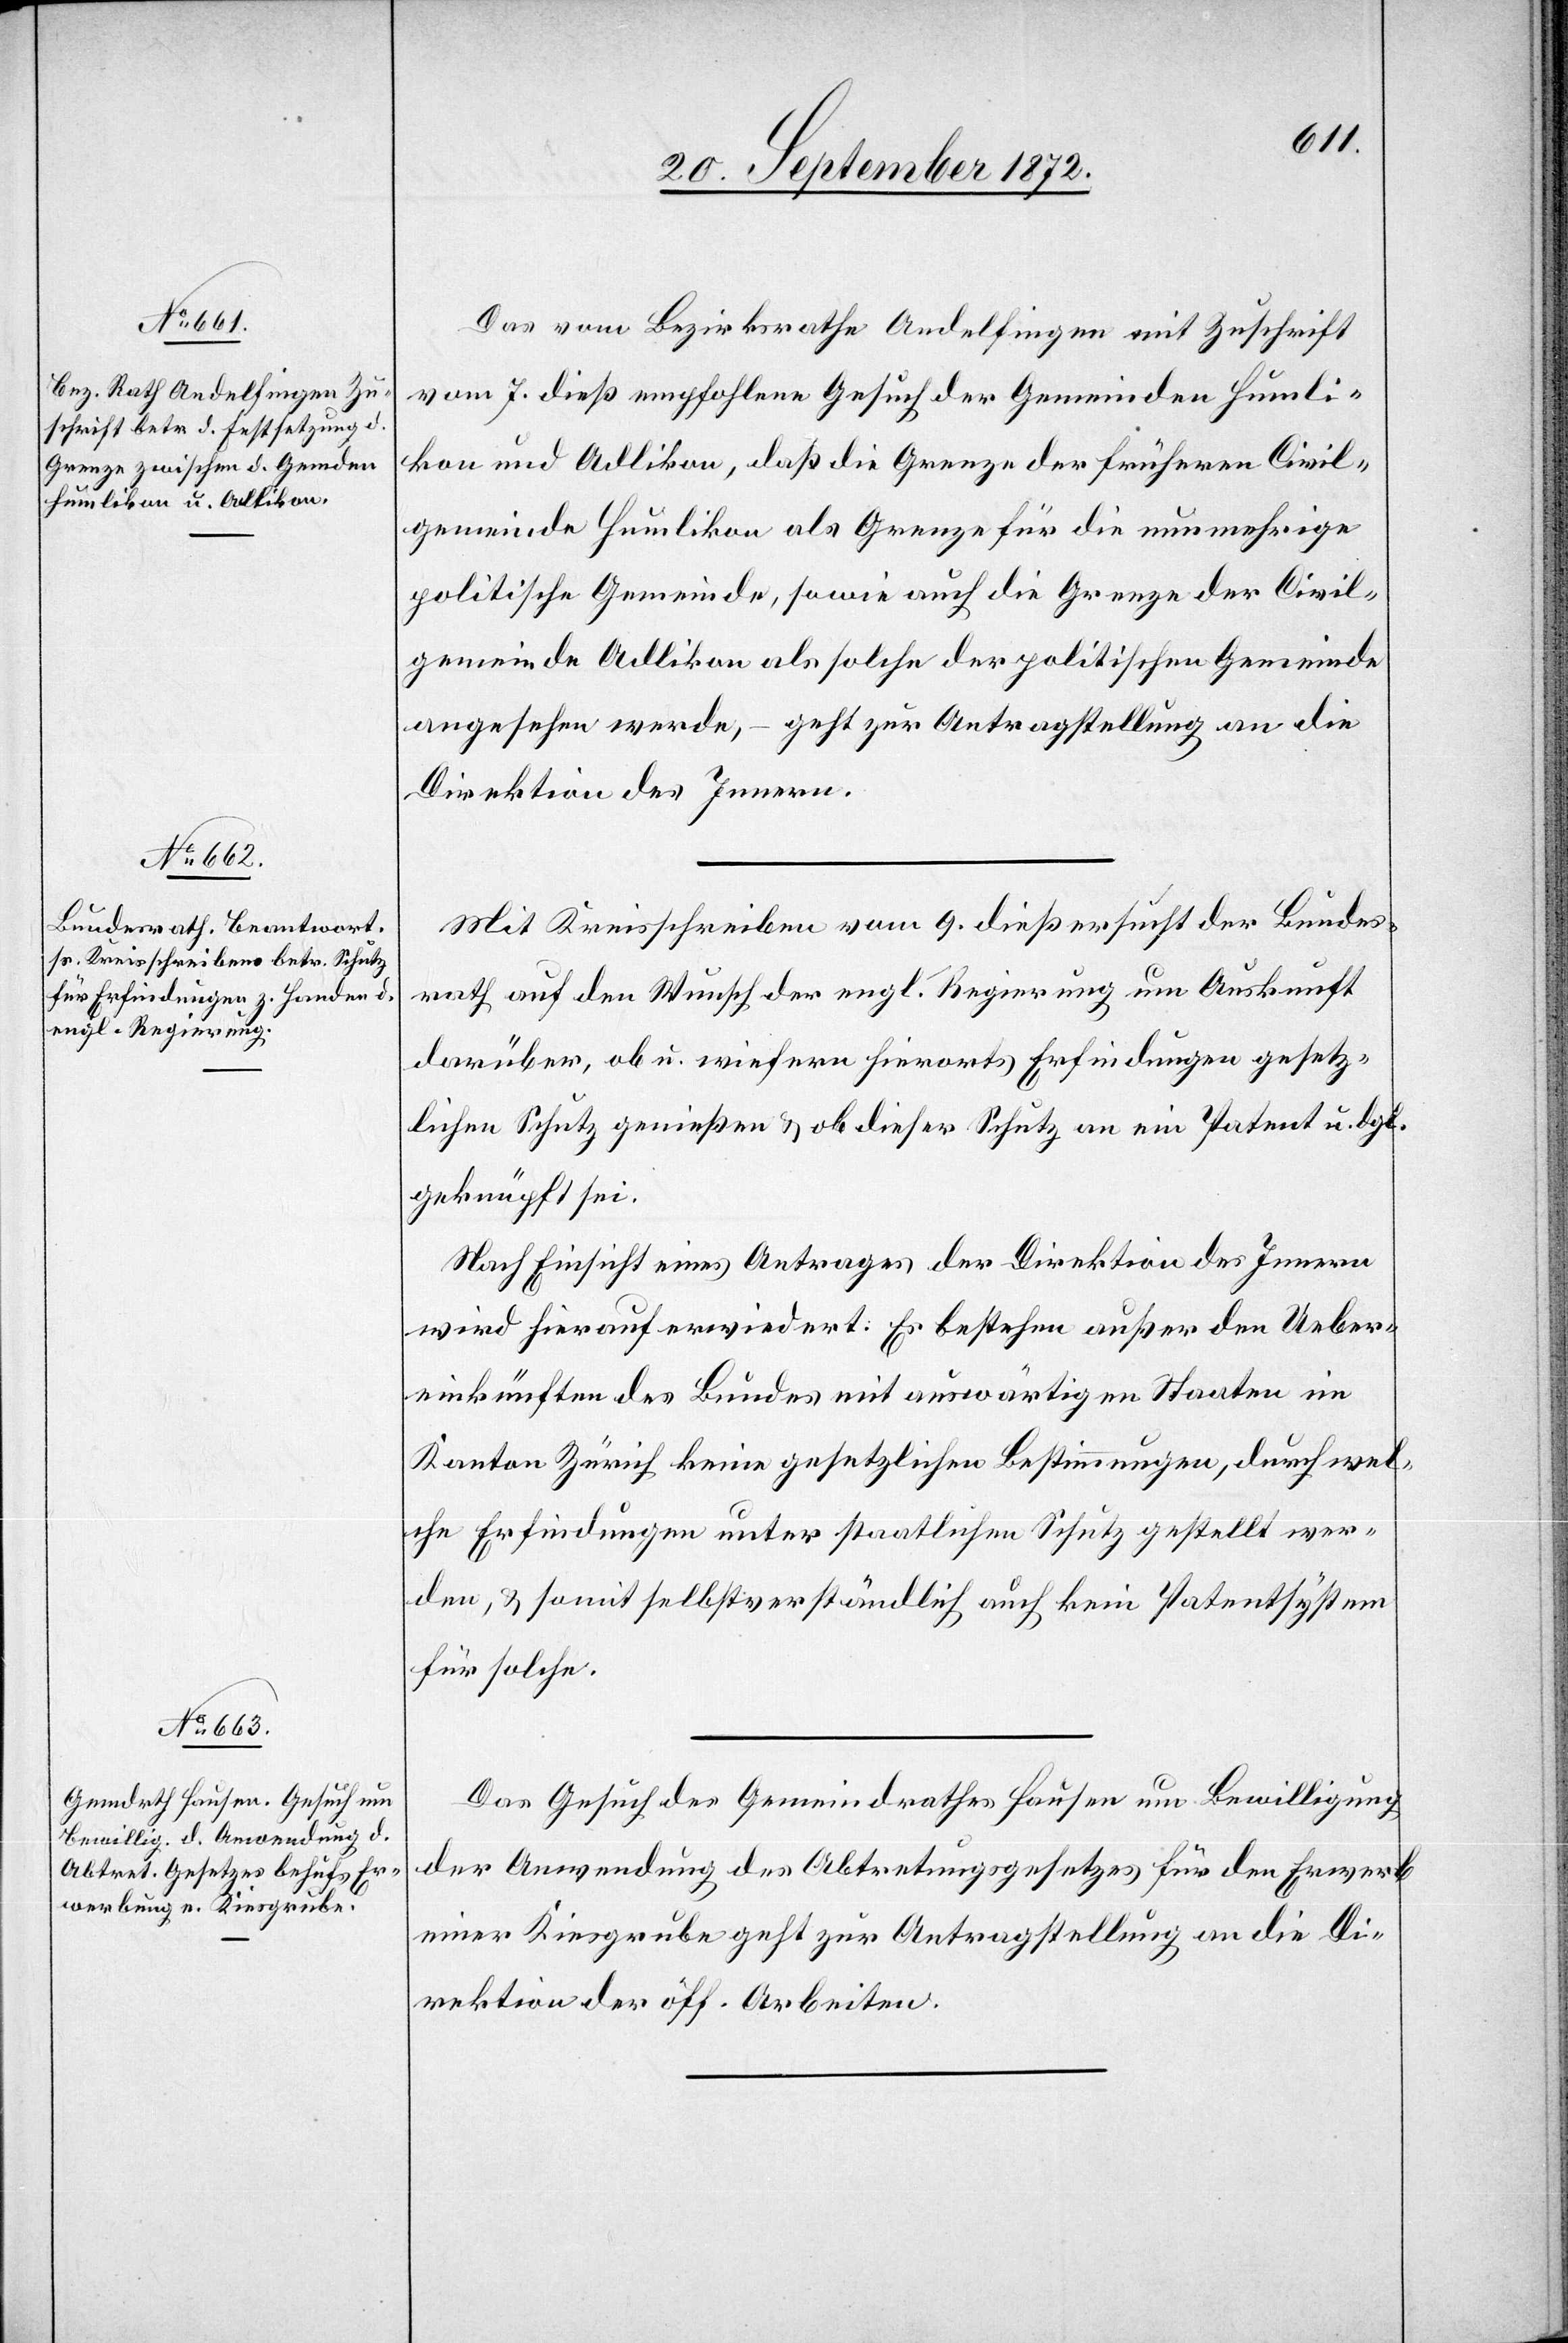
21. September 1872.]
Das vom Bezirksrathe Andelfingen mit Zuschrift
vom 7. dieß empfohlene Gesuch der Gemeinden Humli¬
kon und Adlikon, daß die Grenze der früheren Civil¬
gemeinde Humlikon als Grenze für die nunmehrige
politische Gemeinde, sowie auch die Grenze der Civil¬
gemeinde Adlikon als solche der politischen Gemeinde
angesehen werde, – geht zur Antragstellung an die
Direktion des Innern.
Mit Kreisschreiben vom 9. dieß ersucht der Bundes¬
rath auf den Wunsch der engl. Regierung um Auskunft
darüber, ob u. wiefern hierorts Erfindungen gesetz¬
lichen Schutz genießen u. ob dieser Schutz an ein Patent u. dgl.
geknüpft sei.
Nach Einsicht eines Antrages der Direktion des Innern
wird hierauf erwiedert: Es bestehe außer den Ueber¬
einkünften des Bundes mit auswärtigen Staaten im
Kanton Zürich keine gesetzliche Bestimmungen, durch wel¬
che Erfindungen unter staatlichen Schutz gestellt wer¬
den, u. somit selbstverständlich auch kein Patentsystem
für solche.
Das Gesuch des Gemeindrathes Hausen um Bewilligung
der Anwendung des Abtretungsgesetzes für den Erwerb
einer Kiesgrube geht zur Antragstellung an die Di¬
rektion der öff. Arbeiten.